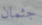
جثمان